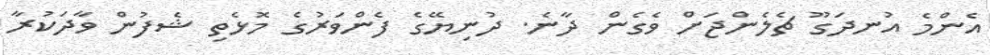
އެންމެ އުނދަގޫ ޗެލެންޖަށް ވެގެން ދާނެ. ދުނިޔޭގެ ފެންވަރުގެ މޮޅެތި ޝެފުން ވާދަކުރާ